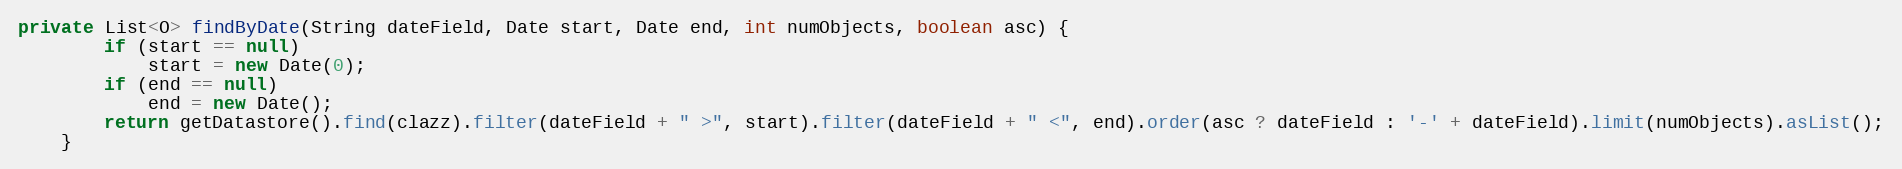
Language: Java
private List<O> findByDate(String dateField, Date start, Date end, int numObjects, boolean asc) {
        if (start == null)
            start = new Date(0);
        if (end == null)
            end = new Date();
        return getDatastore().find(clazz).filter(dateField + " >", start).filter(dateField + " <", end).order(asc ? dateField : '-' + dateField).limit(numObjects).asList();
    }